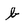
Character: b